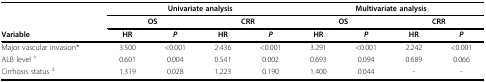
<table><thead><tr><td></td><td colspan="4"><b>Univariate analysis</b></td><td colspan="4"><b>Multivariate analysis</b></td></tr><tr><td></td><td colspan="2"><b>OS</b></td><td colspan="2"><b>CRR</b></td><td colspan="2"><b>OS</b></td><td colspan="2"><b>CRR</b></td></tr><tr><td><b>Variable</b></td><td><b>HR</b></td><td><b><i>P</i></b></td><td><b>HR</b></td><td><b><i>P</i></b></td><td><b>HR</b></td><td><b><i>P</i></b></td><td><b>HR</b></td><td><b><i>P</i></b></td></tr></thead><tbody><tr><td>Major vascular invasion*</td><td>3.500</td><td>&lt;0.001</td><td>2.436</td><td>&lt;0.001</td><td>3.291</td><td>&lt;0.001</td><td>2.242</td><td>&lt;0.001</td></tr><tr><td>ALB level <sup>†</sup></td><td>0.601</td><td>0.004</td><td>0.541</td><td>0.002</td><td>0.693</td><td>0.094</td><td>0.689</td><td>0.066</td></tr><tr><td>Cirrhosis status <sup>‡</sup></td><td>1.319</td><td>0.028</td><td>1.223</td><td>0.190</td><td>1.400</td><td>0.044</td><td>-</td><td>-</td></tr></tbody></table>